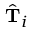
\hat { \mathbf { T } } _ { i }